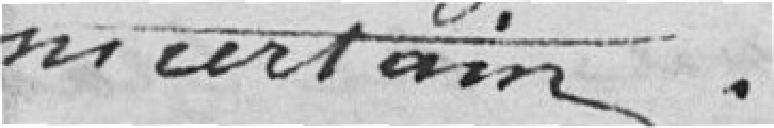
incertain.